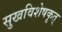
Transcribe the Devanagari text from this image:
सुखविशेषकृत्